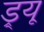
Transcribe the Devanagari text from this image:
ड्र्यू